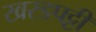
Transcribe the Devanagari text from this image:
खरडपट्टी